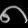
Digit: ၈